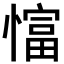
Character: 𢠲